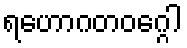
ရဟောဂတဝဂ္ဂေါ